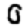
Digit: 0